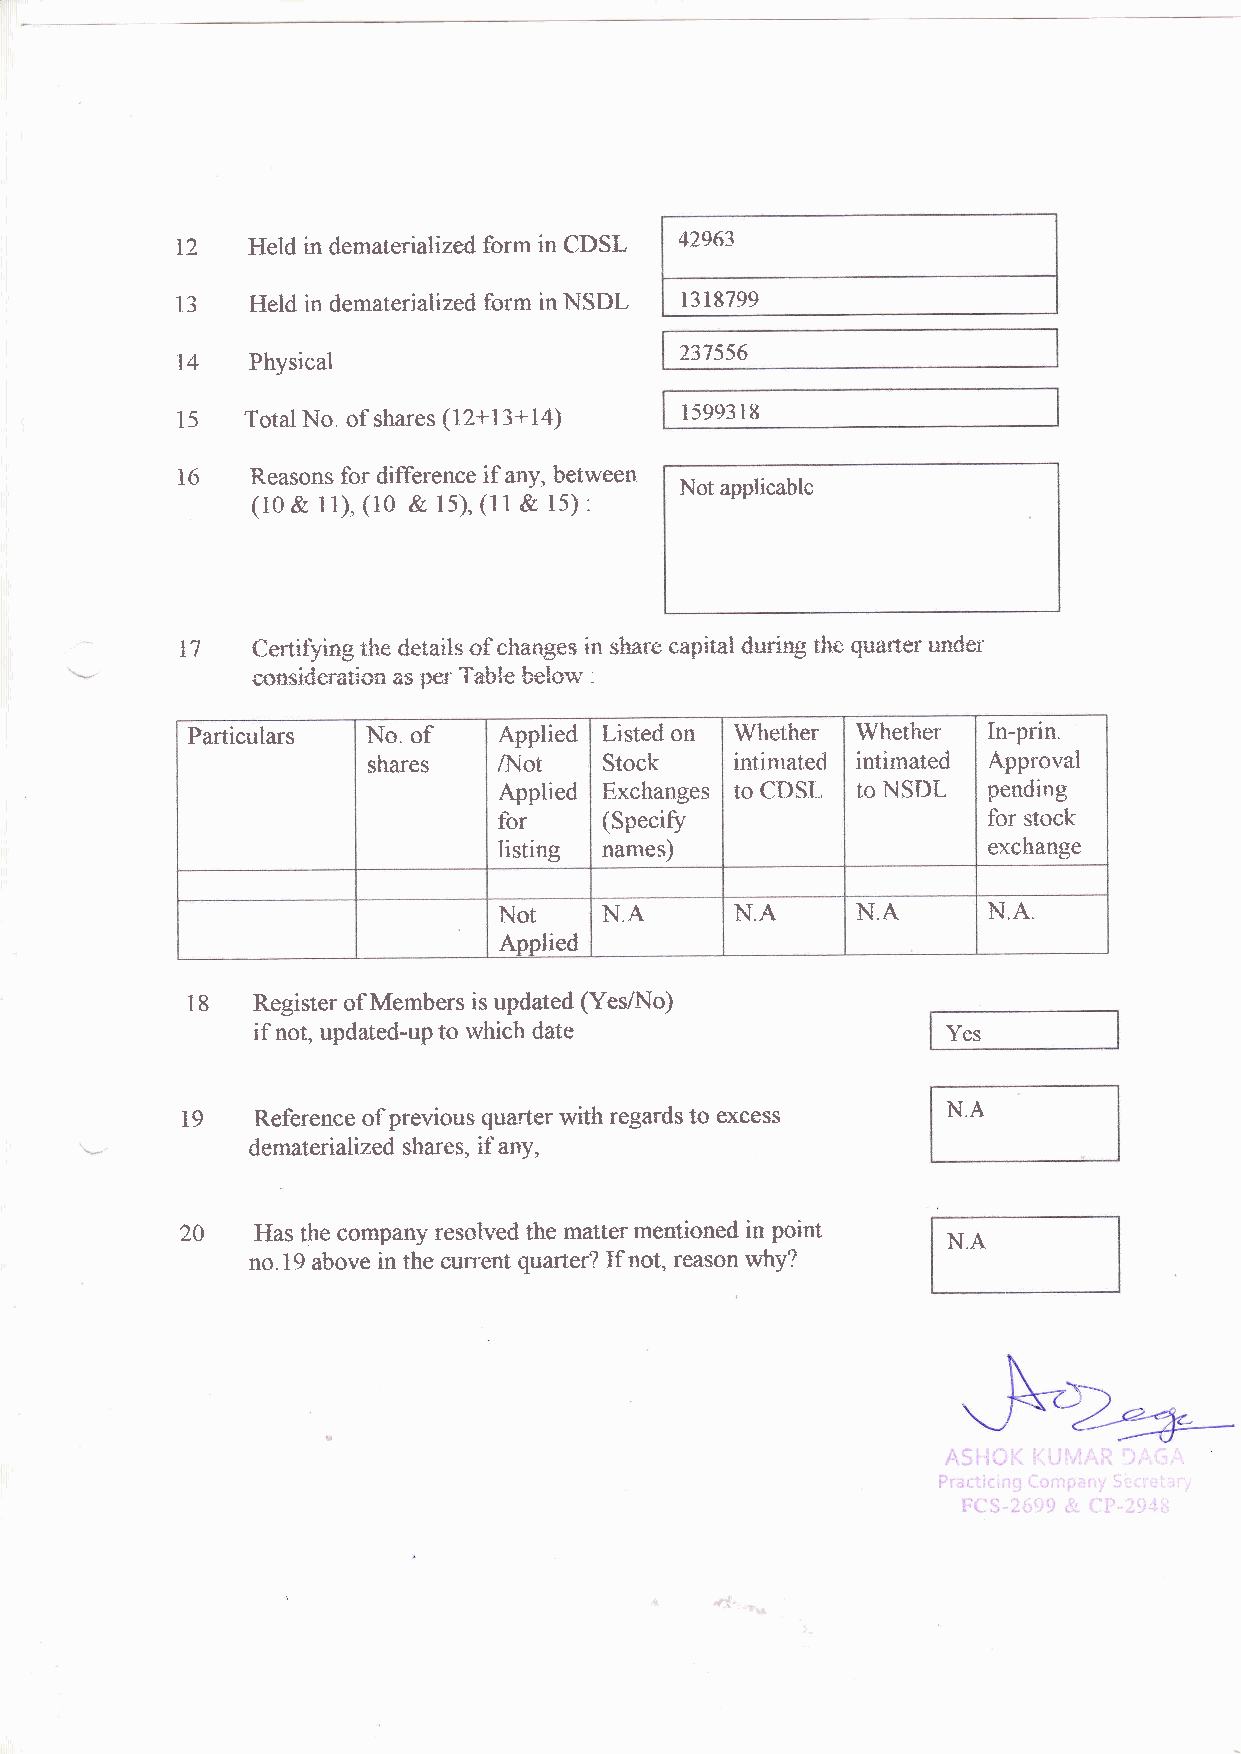
T2  Held in dematerialized form in CDSL 42963
 13  Held in dematerialized forrn in NSDL r318799
 237556
 t4  Physical
 15  Total No. of shares (12+13+14) 15993 18
 t6   Reasons fbr difference if any, between
 (to & 11), (10 &. l5I (1 1 &, 15) : Not apptricable
 17   Ceaifying the details of changes in share eapitalduri4g the quarter uader
 csasideratior as psr Table klow :
 Particulars No. of   Applied Listed on Vfhether Whether In-prin.
 shares   /}'Iot Stock    intimated intimated Approval
 Applied Exchanges to CDS[. to htSDL pending
 for    (Specifir                for stock
 listing names)                  exchange
 Not    N.A      N.A     I'.I.4  N.A
 Applied
 18   Register of Members is updated (Yes/lt{o}
 if not, updated-up to which date              Yes
 19   Reference of previous quarter with regilrds to excess N.A
 dematerialized shares, if nftY,
 20   Has the company resolved the matter rnentioned in point N.A
 no. 19 above in the current quarter? If not, reason why?